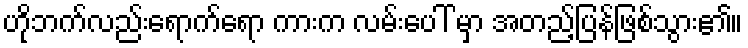
ဟိုဘက်လည်းရောက်ရော ကားက လမ်းပေါ် မှာ အတည့်ပြန်ဖြစ်သွား၏။